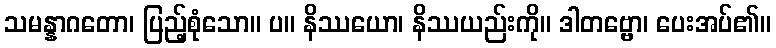
သမန္နာဂတော၊ ပြည့်စုံသော။ ပ။ နိဿယော၊ နိဿယည်းကို။ ဒါတဗ္ဗော၊ ပေးအပ်၏။